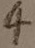
Text: 4